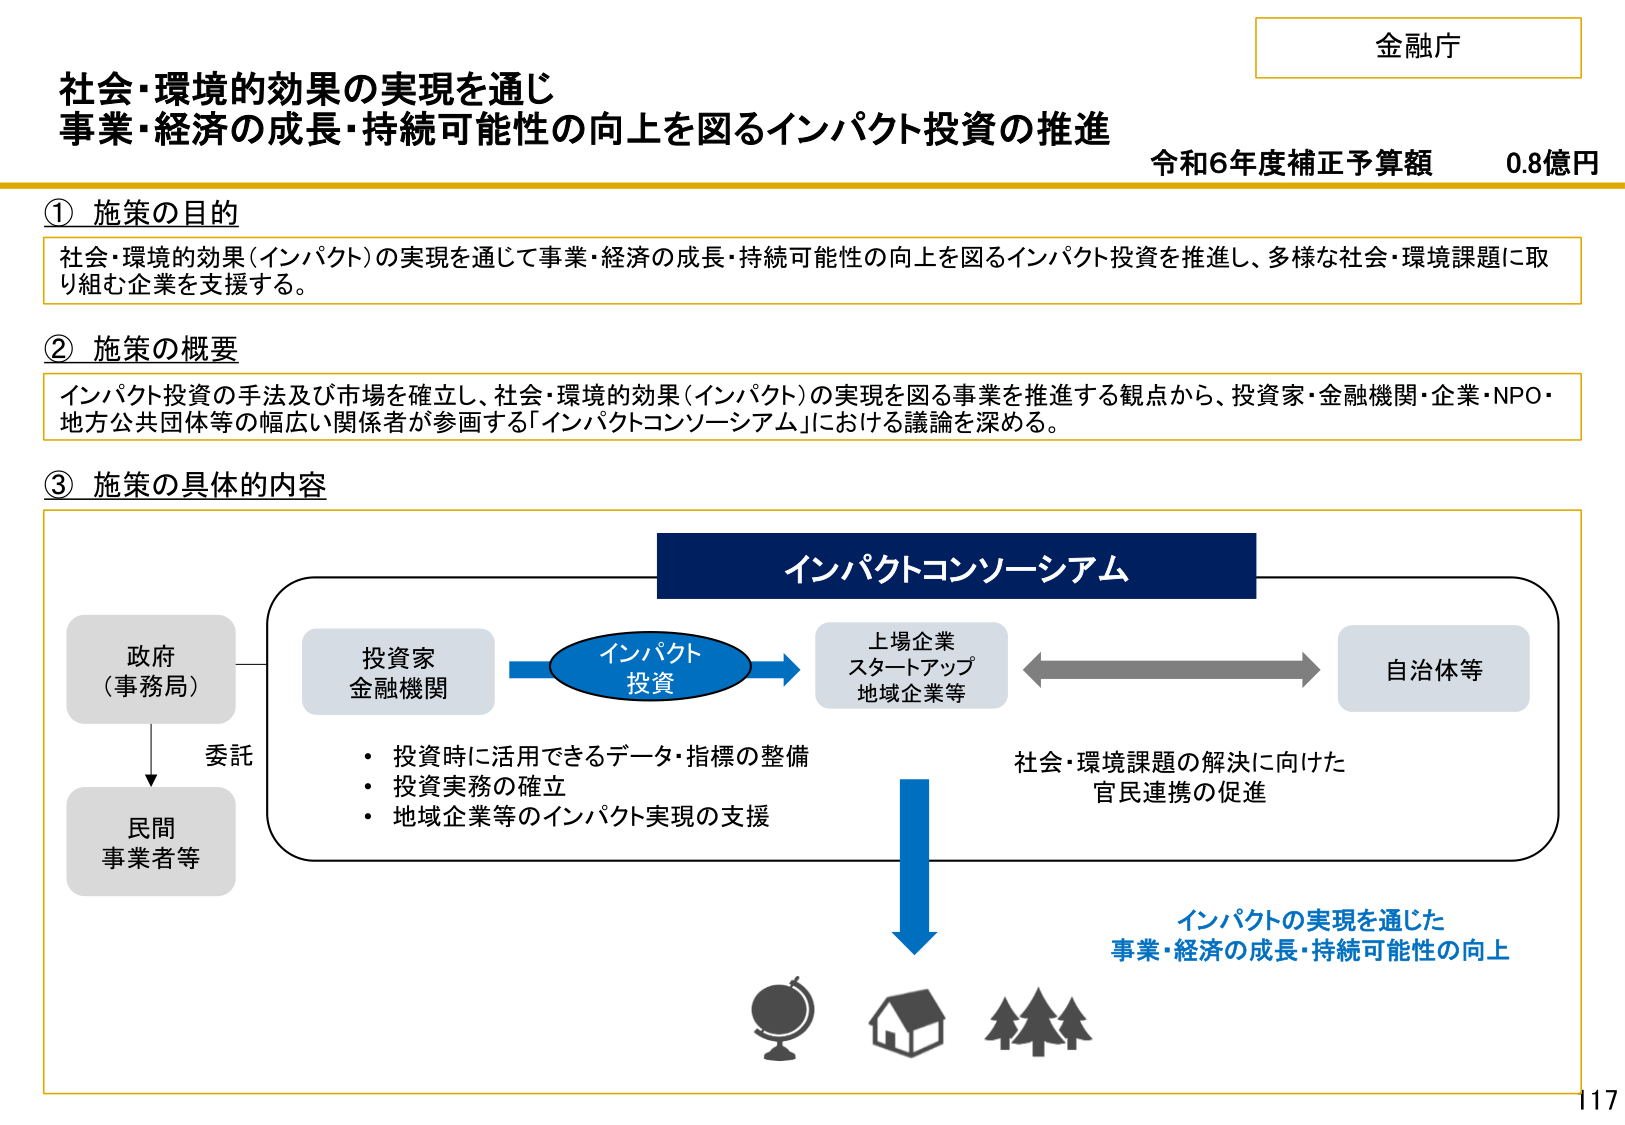
金融庁

社会・環境的効果の実現を通じ
事業・経済の成長・持続可能性の向上を図るインパクト投資の推進
令和6年度補正予算額 0.8億円

① 施策の目的
社会・環境的効果（インパクト）の実現を通じて事業・経済の成長・持続可能性の向上を図るインパクト投資を推進し、多様な社会・環境課題に取り組む企業を支援する。

② 施策の概要
インパクト投資の手法及び市場を確立し、社会・環境的効果（インパクト）の実現を図る事業を推進する観点から、投資家・金融機関・企業・NPO・地方公共団体等の幅広い関係者が参画する「インパクトコンソーシアム」における議論を深める。

③ 施策の具体的な内容

インパクトコンソーシアム

政府
（事務局）
↓委託
民間
事業者等

投資家
金融機関
→ インパクト
投資 →
上場企業
スタートアップ
地域企業等
←→ 自治体等

・投資時に活用できるデータ・指標の整備
・投資実務の確立
・地域企業等のインパクト実現の支援

社会・環境課題の解決に向けた
官民連携の促進

↓
インパクトの実現を通じた
事業・経済の成長・持続可能性の向上

（下部アイコン：地球儀、家、木々）

117